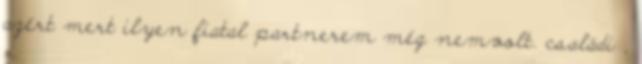
azért mert ilyen fiatal partnerem még nemvolt. családi ,